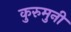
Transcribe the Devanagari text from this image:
कुरुमुनी